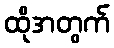
ထိုအတွက်